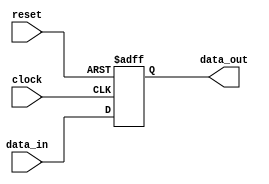
module synchronous_register (
    input wire clock,          // Clock signal
    input wire reset,          // Asynchronous reset signal
    input wire [3:0] data_in,  // 4-bit input data
    output reg [3:0] data_out  // 4-bit output data
);

// Behavioral modeling block triggered on the positive edge of the clock
always @(posedge clock or posedge reset) begin
    if (reset) begin
        // Reset logic: set the output to zero when reset is high
        data_out <= 4'b0000;
    end else begin
        // State update: load input data into the output register
        data_out <= data_in;
    end
end

endmodule